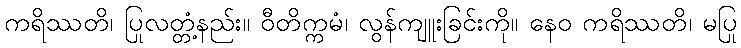
ကရိဿတိ၊ ပြုလတ္တံ့နည်း။ ဝီတိက္ကမံ၊ လွန်ကျူးခြင်းကို။ နေဝ ကရိဿတိ၊ မပြု